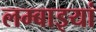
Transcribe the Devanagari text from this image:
लम्बाइयां